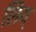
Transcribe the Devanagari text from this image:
लिय्